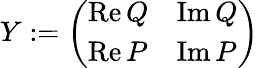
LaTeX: Y:=\left(\begin{array}{ll}{\operatorname{Re}Q}&{\operatorname{Im}Q}\\ {\operatorname{Re}P}&{\operatorname{Im}P}\end{array}\right)